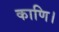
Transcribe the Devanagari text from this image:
काणि।